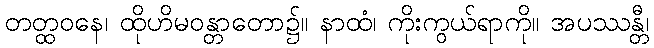
တတ္ထဝနေ၊ ထိုဟိမဝန္တာတော၌။ နာထံ၊ ကိုးကွယ်ရာကို။ အပဿန္တီ၊